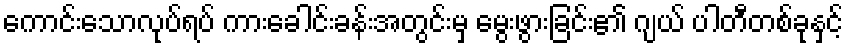
ကောင်းသောလုပ်ရပ် ကားခေါင်းခန်းအတွင်းမှ မွေးဖွားခြင်း၏ ဂျယ် ပါတီတစ်ခုနှင့်